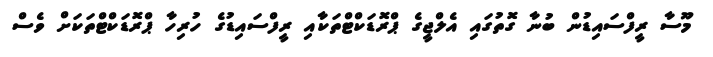
މޫސާ ރީފްސައިޑުން ބުނާ ގޮތުގައި އެލްޖީގެ ޕްރޮޑަކްޓްތަކާއި ރީފްސައިޑުގެ ހުރިހާ ޕްރޮޑަކްޓްތަކަށް ވެސް